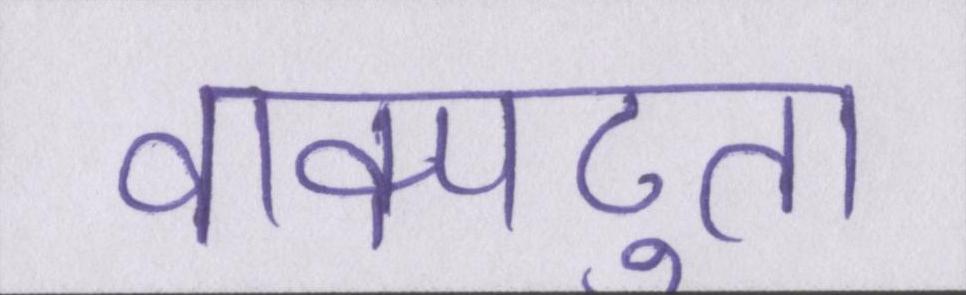
वाक्पटुता